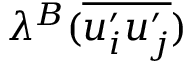
\lambda ^ { B } ( \overline { { u _ { i } ^ { \prime } u _ { j } ^ { \prime } } } )